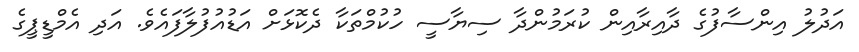
އަދުލު އިންސާފުގެ ދާއިރާއިން ކުރަމުންދާ ސިޔާސީ ހުކުމްތަކާ ދެކޮޅަށް އަޑުއުފުލާފައެވެ. އަދި އެމްޑީޕީގެ